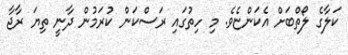
ކަލާގެ ލޯތްބަށް އެކަންޏެވެ. މި ހިތުގައި ރަސްކަން ކުރަމުން ދާނީ ތިޔަ ރާޖާ